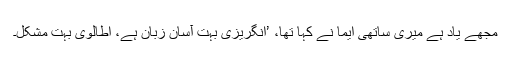
مجھے یاد ہے میری ساتھی ایما نے کہا تھا، ’انگریزی بہت آسان زبان ہے، اطالوی بہت مشکل۔